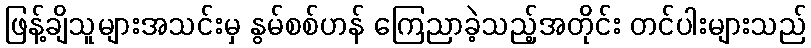
ဖြန့်ချိသူများအသင်းမှ နွမ်စစ်ဟန် ကြေညာခဲ့သည့်အတိုင်း တင်ပါးများသည်